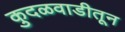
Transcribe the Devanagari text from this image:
कुदळवाडीतून